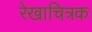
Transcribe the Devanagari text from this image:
रेखाचित्रक